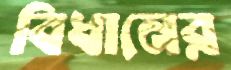
বিধানের